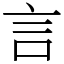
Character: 言